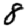
Digit: 8